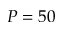
P = 5 0